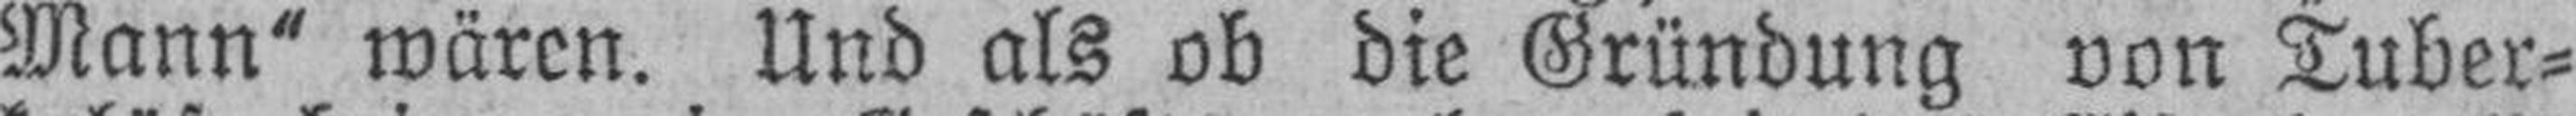
Mann“ wären. Und als ob die Gründung von Tuber¬